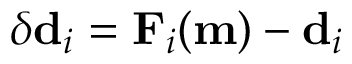
\delta \mathbf { d } _ { i } = \mathbf { F } _ { i } ( \mathbf { m } ) - \mathbf { d } _ { i }